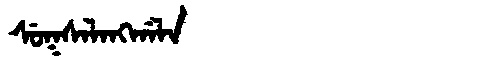
Manchu: ᠰᡠᡴᠰᠠᠯᠠᠩᡤᠠᠯᠠ
Romanization: SUKSALANGGALA